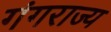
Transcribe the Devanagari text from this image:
गंगराज्य